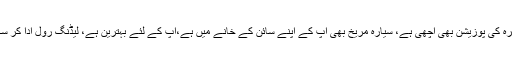
سیارہ زہرہ کی پوزیشن بھی اچھی ہے، سیارہ مریخ بھی آپ کے اپنے سائن کے خانے میں ہے،آپ کے لئے بہترین ہے، لیڈنگ رول ادا کر سکتے ہیں۔